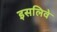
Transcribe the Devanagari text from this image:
इसलिवे